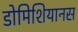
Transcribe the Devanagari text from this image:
डोमिशियानस